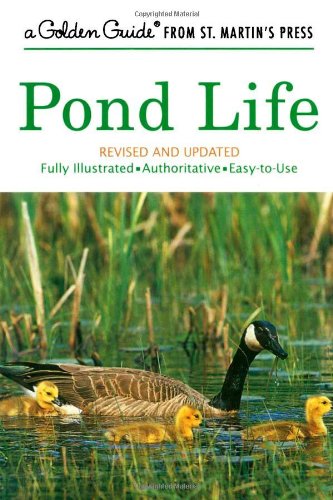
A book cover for Pond Life (A Golden Guide from St. Martin's Press); George K. Reid; Science & Math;